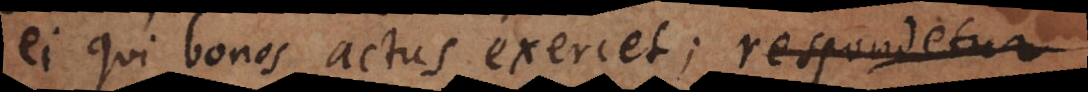
ei qui bonos actus exercet; respondetur